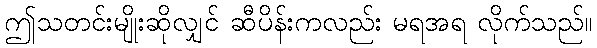
ဤသတင်းမျိုးဆိုလျှင် ဆီပိန်းကလည်း မရအရ လိုက်သည်။